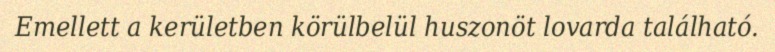
Emellett a kerületben körülbelül huszonöt lovarda található.